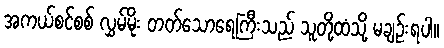
အကယ်စင်စစ် လွှမ်မိုး တတ်သောရေကြီးသည် သူတို့ထံသို့ မချဉ်းရပါ။